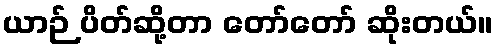
ယာဉ် ပိတ်ဆို့တာ တော်တော် ဆိုးတယ်။